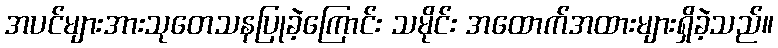
အပင်များအားသုတေသနပြုခဲ့ကြောင်း သမိုင်း အထောက်အထားများရှိခဲ့သည်။